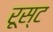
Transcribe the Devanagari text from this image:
रूस्ट